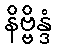
နိဗ္ဗိန္ဒံ